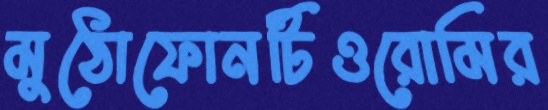
মুঠোফোনটিওরোমির